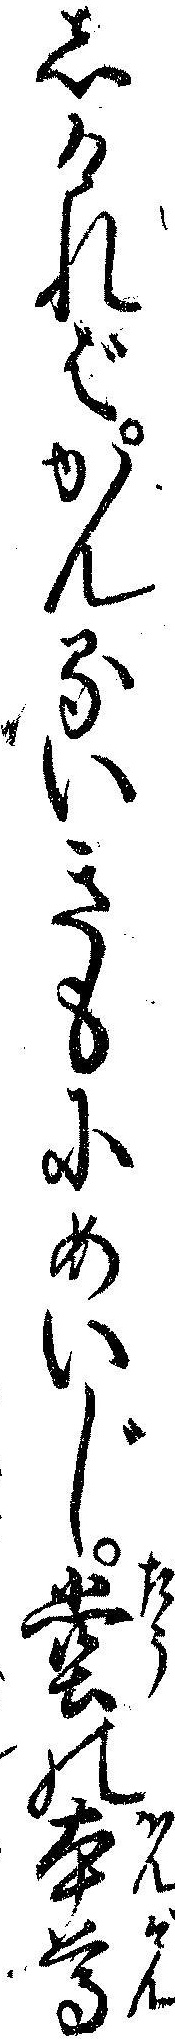
しければかんるいきもにめいじ堂の本尊